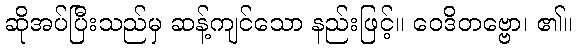
ဆိုအပ်ပြီးသည်မှ ဆန့်ကျင်သော နည်းဖြင့်။ ဝေဒိတဗ္ဗော၊ ၏။